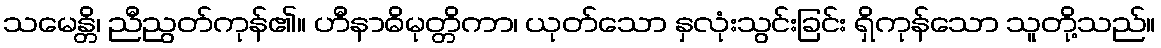
သမေန္တိ၊ ညီညွတ်ကုန်၏။ ဟီနာဓိမုတ္တိကာ၊ ယုတ်သော နှလုံးသွင်းခြင်း ရှိကုန်သော သူတို့သည်။